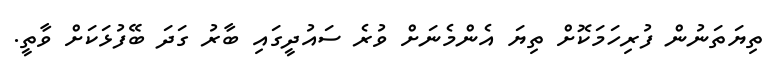
ތިޔަތަނުން ފުރިހަމަކޮށް ތިޔަ އެންމެނަށް ވުރެ ސައުދީގައި ބާރު ގަދަ ބޭފުޅަކަށް ވާތީ.